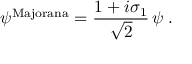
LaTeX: \psi ^ { \mathrm { M a j o r a n a } } = \frac { 1 + i \sigma _ { 1 } } { \sqrt { 2 } } \, \psi \; .